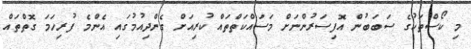
މި ކޯސްތަކުގެ ސަބަބުން އޮފިސަރުންނަށް މަސައްކަތްތައް ކުރިއަށް ގެންދިއުމުގައި އެންމެ ފުރިހަމަ ގޮތްތައް